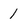
Character: 1